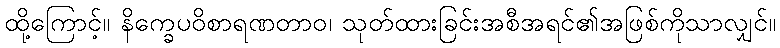
ထို့ကြောင့်။ နိက္ခေပဝိစာရဏတာဝ၊ သုတ်ထားခြင်းအစီအရင်၏အဖြစ်ကိုသာလျှင်။